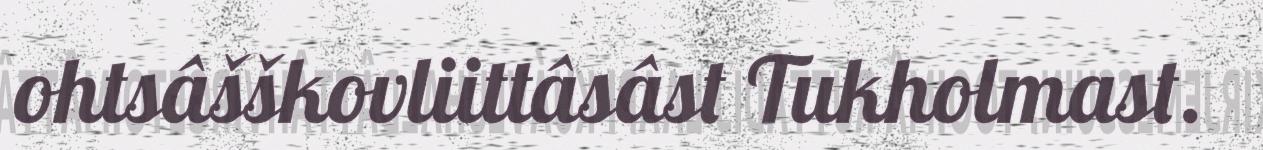
ohtsâšškovliittâsâst Tukholmast.